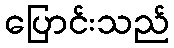
ပြောင်းသည်